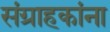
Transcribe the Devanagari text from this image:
संग्राहकांना